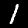
Digit: 1